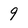
Character: 9